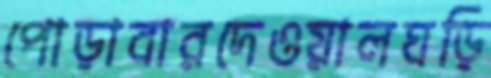
পোড়াবারদেওয়ালঘড়ি